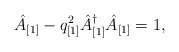
\begin{align*}\hat{A}_{[1]} - q^2_{[1]} \hat{A}^{\dagger}_{[1]} \hat{A}_{[1]} = 1,\end{align*}